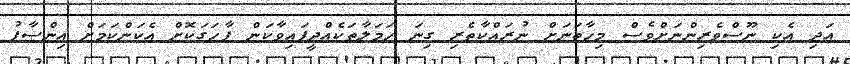
އަދި އެކި ނޫސްވެރިންނަށްވެސް މިހާތަނަށް ނުރައްކާތެރި ގިނަ ހަމަލާތަކެއްދީފައިވާކަން ފާހަގަކޮށް އެކަންކަމަށް އިންސާފު